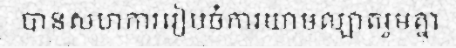
បានសហការរៀបចំការយាមល្បាតរួមគ្នា